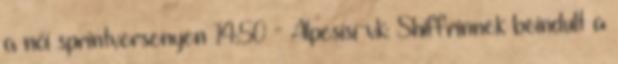
a női sprintversenyen 14:50 - Alpesisí-vk: Shiffrinnek beindult a